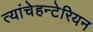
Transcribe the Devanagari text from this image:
त्यांचेहन्टेरियन